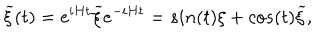
{ \widetilde \xi } ( t ) = e ^ { i H t } { \widetilde \xi } e ^ { - i H t } = s i n ( t ) \xi + c o s ( t ) { \widetilde \xi } ,